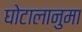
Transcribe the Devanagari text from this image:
घोटालानुमा